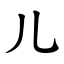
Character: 儿